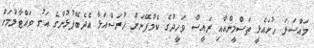
މައްސަލަ ހުށައެޅީ ތަސްމީންއާއި ރައީސް ވަހީދުގެ ކެމްޕޭނަށް ހުރަސްއަޅާ އެދެބޭފުޅުންގެ އަގު ވައްޓާލުމަށް